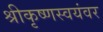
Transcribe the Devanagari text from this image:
श्रीकृष्णस्वयंवर